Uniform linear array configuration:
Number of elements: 32
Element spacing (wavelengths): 0.25
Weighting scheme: hann
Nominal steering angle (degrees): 15
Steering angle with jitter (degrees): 13.079
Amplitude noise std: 0.05
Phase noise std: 0.05

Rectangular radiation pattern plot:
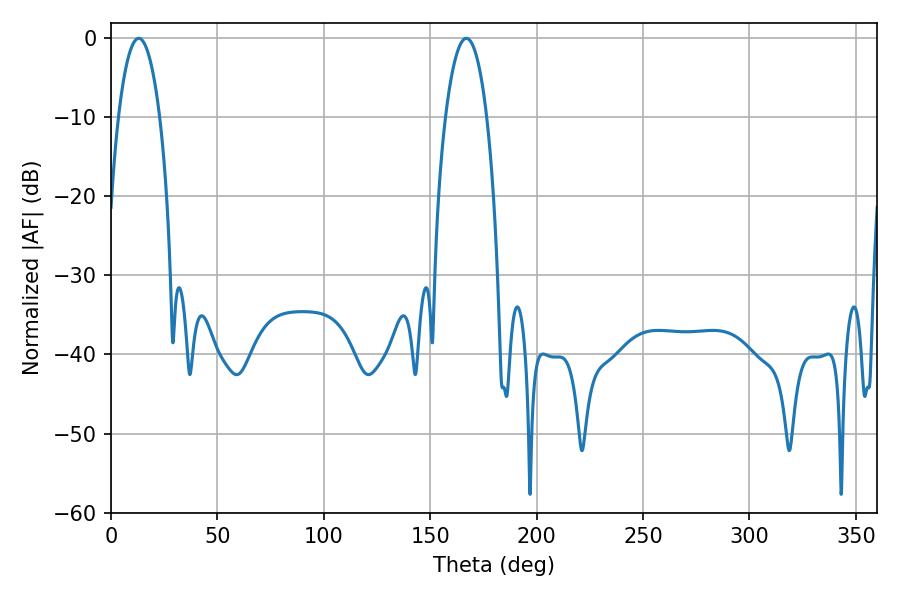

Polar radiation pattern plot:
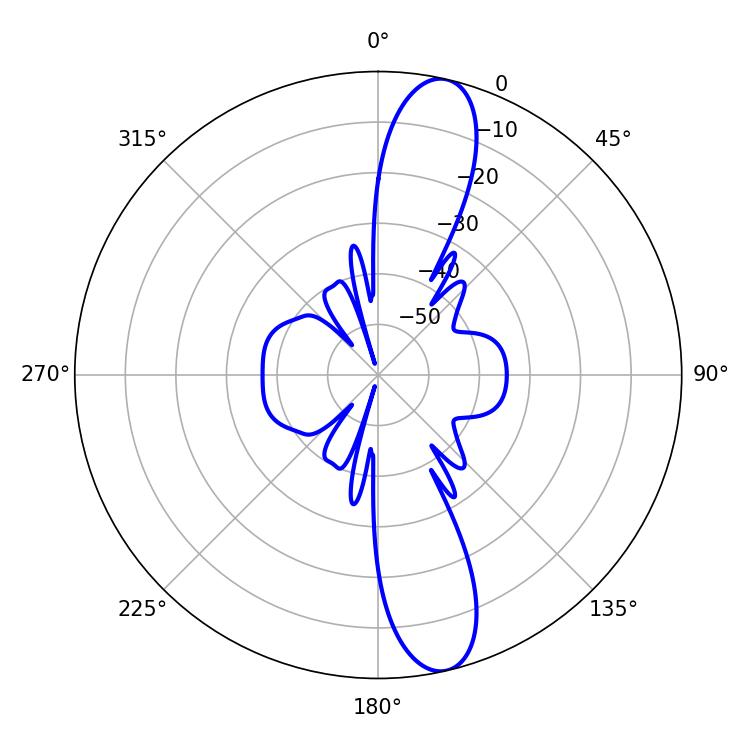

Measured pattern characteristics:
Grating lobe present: FALSE
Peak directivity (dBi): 13.414
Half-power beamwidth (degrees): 10.8
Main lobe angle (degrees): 12.96